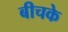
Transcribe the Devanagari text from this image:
बीचके